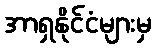
အာရှနိုင်ငံများမှ